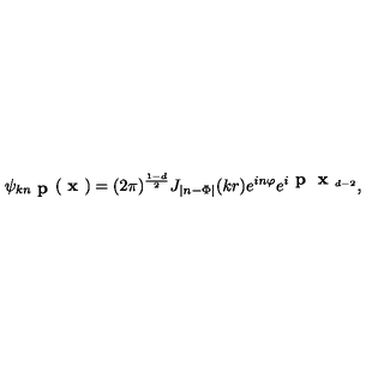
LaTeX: \psi _ { k n \textbf { p } } ( \textbf { x } ) = ( 2 \pi ) ^ { \frac { 1 - d } 2 } J _ { | n - \Phi | } ( k r ) e ^ { i n \varphi } e ^ { i \textbf { p } { \textbf { x } } _ { d - 2 } } ,